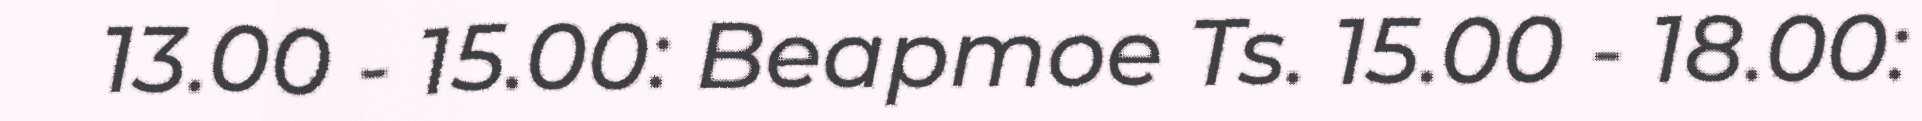
13.00 - 15.00: Beapmoe Ts. 15.00 - 18.00: